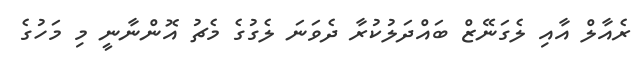
ރެއާލް އާއި ލެގަނޭޒް ބައްދަލުކުރާ ދެވަނަ ލެގުގެ މެޗު އޮންނާނީ މި މަހުގެ